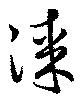
漆